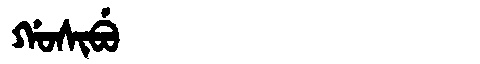
Manchu: ᡤᠣᠰᡳᠪᡠ
Romanization: GOSIBU